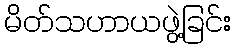
မိတ်သဟာယဖွဲ့ခြင်း